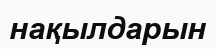
нақылдарын